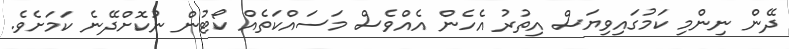
ދޭން ނިންމި ކަމުގައިވިޔަސް އިތުރު އެހެން އެއްވެސް މަސައްކަތެއް ކޯޓުން ނުކޮށްދޭނެ ކަމަށެވެ.